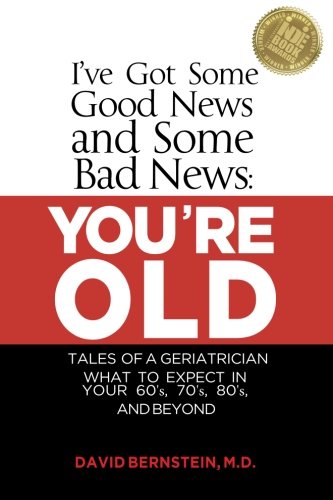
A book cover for I've Got Some Good News and Some Bad News: YOU'RE OLD: Tales of a Geriatrician, What to expect in your 60's, 70's, 80's, and Beyond; David Bernstein; Health, Fitness & Dieting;